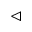
\vartriangleleft